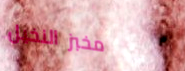
مخبز النخيل